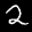
Label: 2